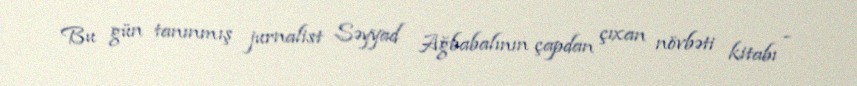
Bu gün tanınmış jurnalist Səyyad Ağbabalının çapdan çıxan növbəti kitabı -